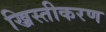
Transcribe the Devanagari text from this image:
ख्रिस्तीकरण